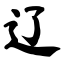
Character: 辽